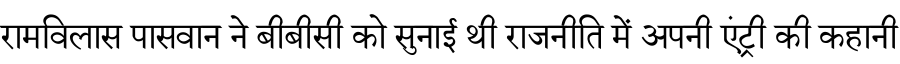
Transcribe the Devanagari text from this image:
रामविलास पासवान ने बीबीसी को सुनाई थी राजनीति में अपनी एंट्री की कहानी